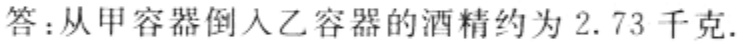
答：从甲容器倒入乙容器的酒精约为$2.73$千克.